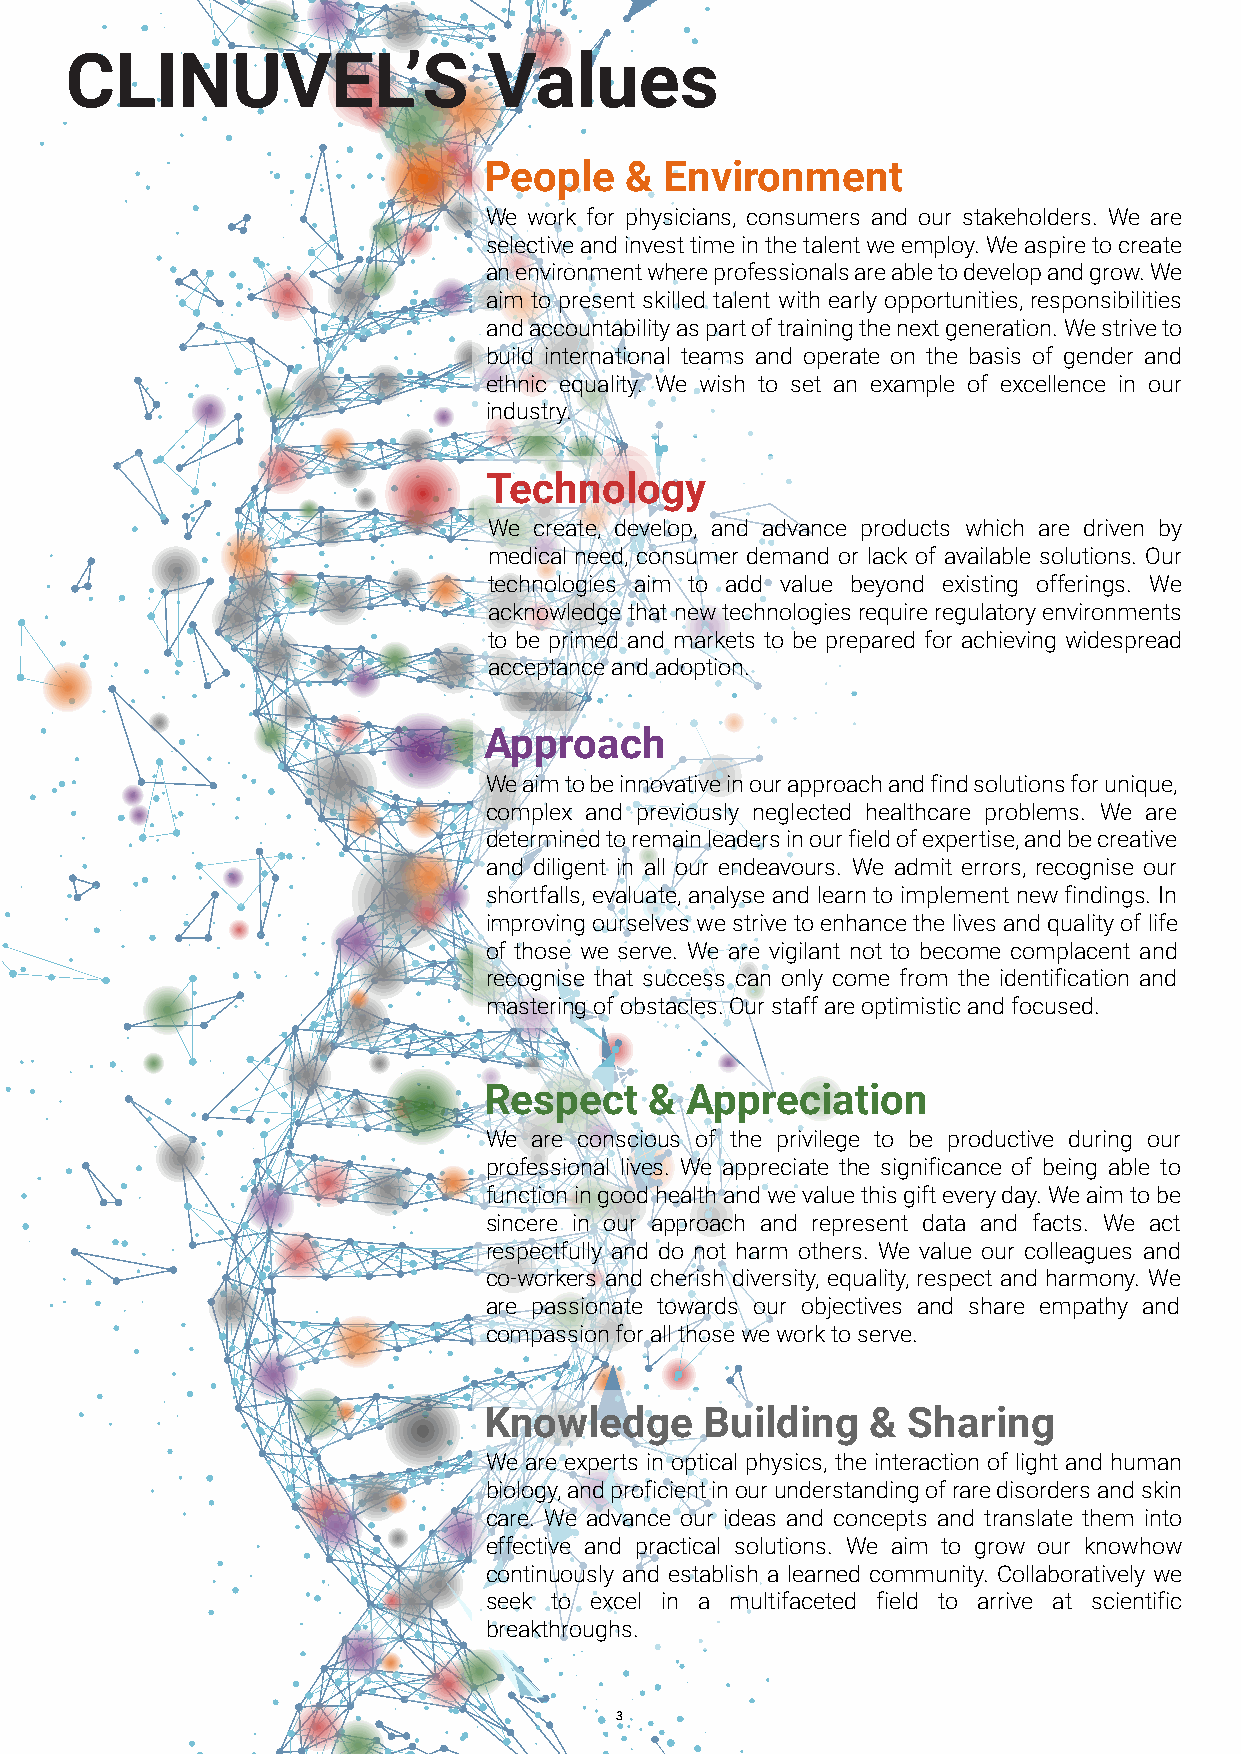
CLiNUVEL's VaLUEs
 CLINUVEL’S Mission
 CLINUVEL’S                  Values
 People   &  Environment
 We work for physicians, consumers and our stakeholders. We are
 selective and invest time in the talent we employ. We aspire to create
 an environment where professionals are able to develop and grow. We
 aim to present skilled talent with early opportunities, responsibilities
 and accountability as part of training the next generation. We strive to
 build international teams and operate on the basis of gender and
 The CLINUVEL Group focuses its research
 ethnic equality. We wish to set an example of excellence in our
 and development on the interaction of skin industry.
 with its environments, aiming to deliver
 Technology
 innovative medical solutions for complex
 We create, develop, and advance products which are driven by
 problems.
 medical need, consumer demand or lack of available solutions. Our
 technologies aim to add value beyond existing offerings. We
 acknowledge that new technologies require regulatory environments
 to be primed and markets to be prepared for achieving widespread
 acceptance and adoption.
 Approach
 We aim to be innovative in our approach and find solutions for unique,
 complex and previously neglected healthcare problems. We are
 determined to remain leaders in our field of expertise, and be creative
 CLINUVEL’S Vision               and diligent in all our endeavours. We admit errors, recognise our
 shortfalls, evaluate, analyse and learn to implement new findings. In
 improving ourselves we strive to enhance the lives and quality of life
 of those we serve. We are vigilant not to become complacent and
 recognise that success can only come from the identification and
 mastering of obstacles. Our staff are optimistic and focused.
 The CLINUVEL Group works to translate Respect & Appreciation
 scientific breakthroughs into commercial We are conscious of the privilege to be productive during our
 professional lives. We appreciate the significance of being able to
 products.
 function in good health and we value this gift every day. We aim to be
 sincere in our approach and represent data and facts. We act
 We are relentless in our desire to excel
 respectfully and do not harm others. We value our colleagues and
 scientific research and development, co-workers and cherish diversity, equality, respect and harmony. We
 are passionate towards our objectives and share empathy and
 building on our global expertise to deliver
 compassion for all those we work to serve.
 lifelong care and novel products for
 patients and consumers.         Knowledge      Building   & Sharing
 The CLINUVEL Group values its People and We are experts in optical physics, the interaction of light and human
 biology, and proficient in our understanding of rare disorders and skin
 Environment as central to all of the Group’s
 care. We advance our ideas and concepts and translate them into
 working practise.               effective and practical solutions. We aim to grow our knowhow
 continuously and establish a learned community. Collaboratively we
 seek to excel in a multifaceted field to arrive at scientific
 breakthroughs.
 3